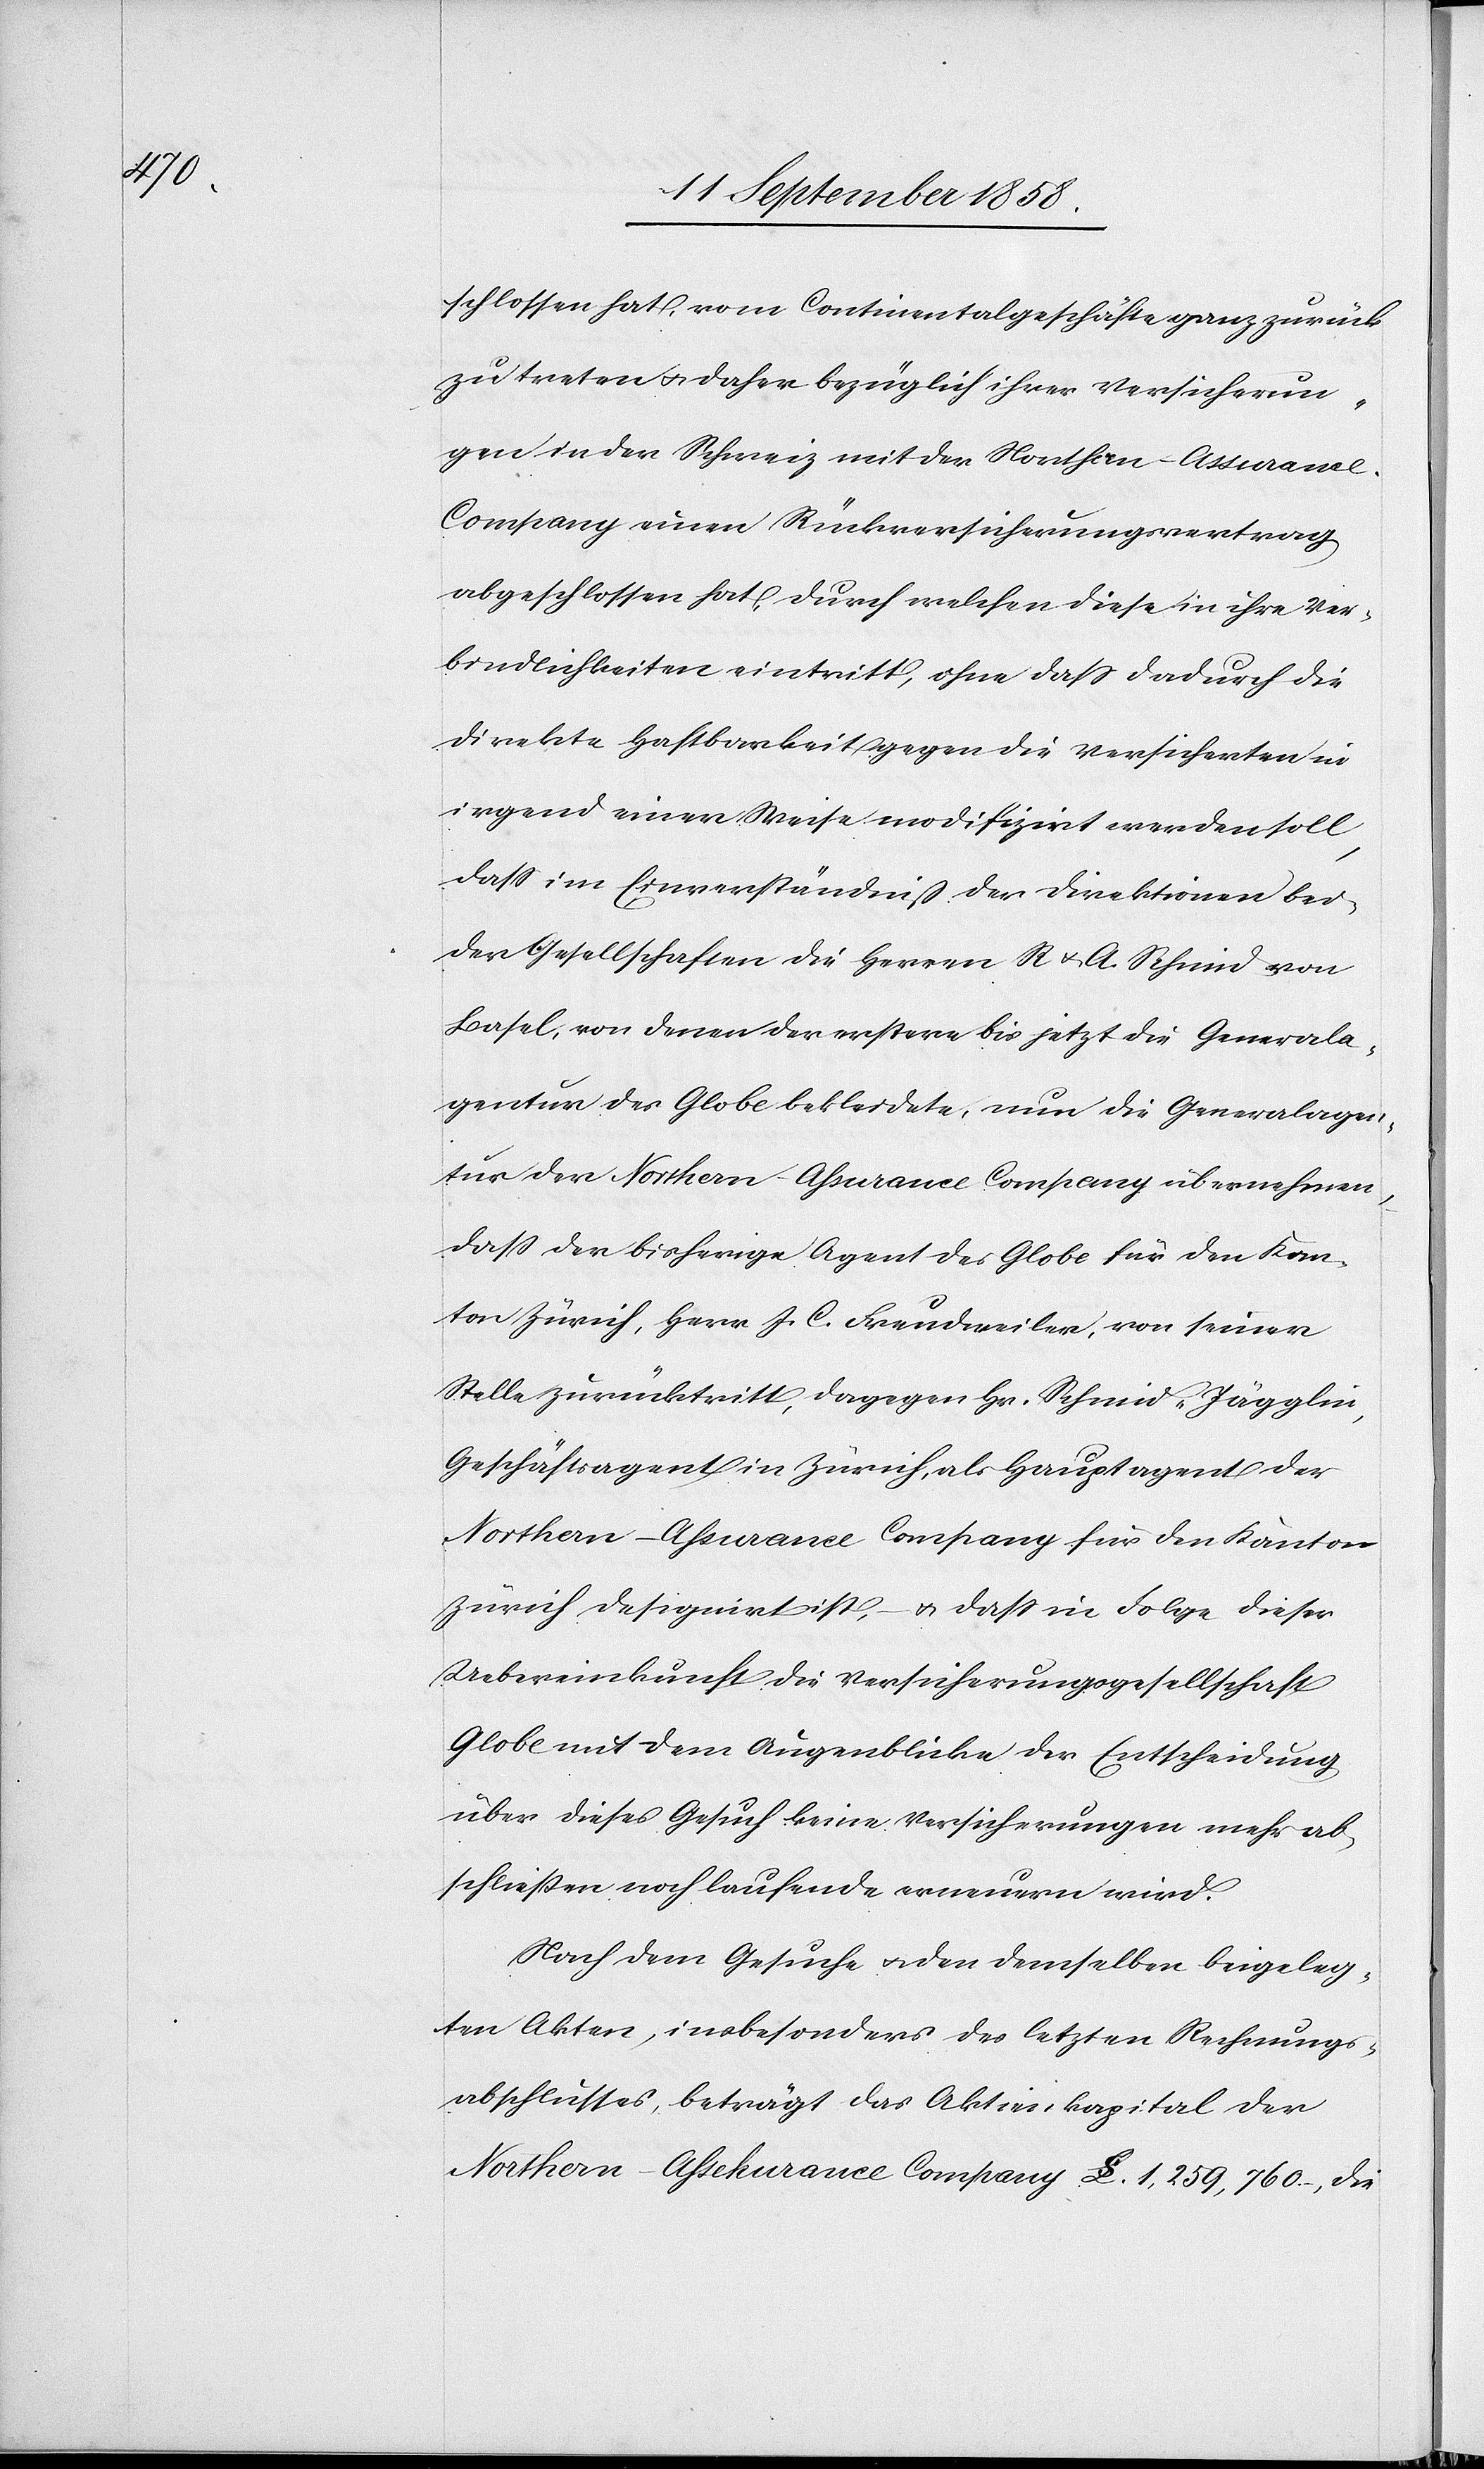
schlossen hat, vom Continentalgeschäfte ganz zurück
zu treten & daher bezüglich ihrer Versicherun¬
gen in der Schweiz mit der Northern-Assuranc¬
e-Company einen Rückversicherungsvertrag
abgeschlossen hat, durch welchen diese in ihre Ver¬
bindlichkeiten eintritt, ohne dass dadurch die
direkte Haftbarkeit gegen die Versicherten in
irgend einer Weise modifizirt werden soll,
dass im Einverständniß der Direktionen bei¬
der Gesellschaften die Herren R & A. Schmid von
Basel, von denen der erstere bis jetzt die Generala¬
gentur des Globe bekleidete, nun die Generalagen¬
tur der Northern-Assurance Company übernehmen,
dass der bisherige Agent des Globe für den Kan¬
ton Zürich, Herr J. C. Freudweiler, von seiner
Stelle zurücktritt, dagegen Hr. Schmid-Jägglin,
Geschäftsagent in Zürich, als Hauptagent der
Northern-Assurance Company für den Kanton
Zürich designirt ist, – & dass in Folge dieser
Uebereinkunft die Versicherungsgesellschaft
Globe mit dem Augenblicke der Entscheidung
über dieses Gesuch keine Versicherungen mehr ab¬
schließen noch laufende erneuern wird.
Nach dem Gesuche & den demselben beigeleg¬
ten Akten, insbesonders des letzten Rechnungs¬
abschlusses, beträgt das Aktienkapital der
Northern-Assekurance Company £$ 1,259,760.–, die